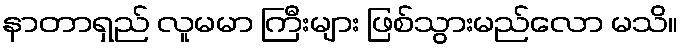
နာတာရှည် လူမမာ ကြီးများ ဖြစ်သွားမည်လော မသိ။